Circular to Secondary Education Committee, 1908
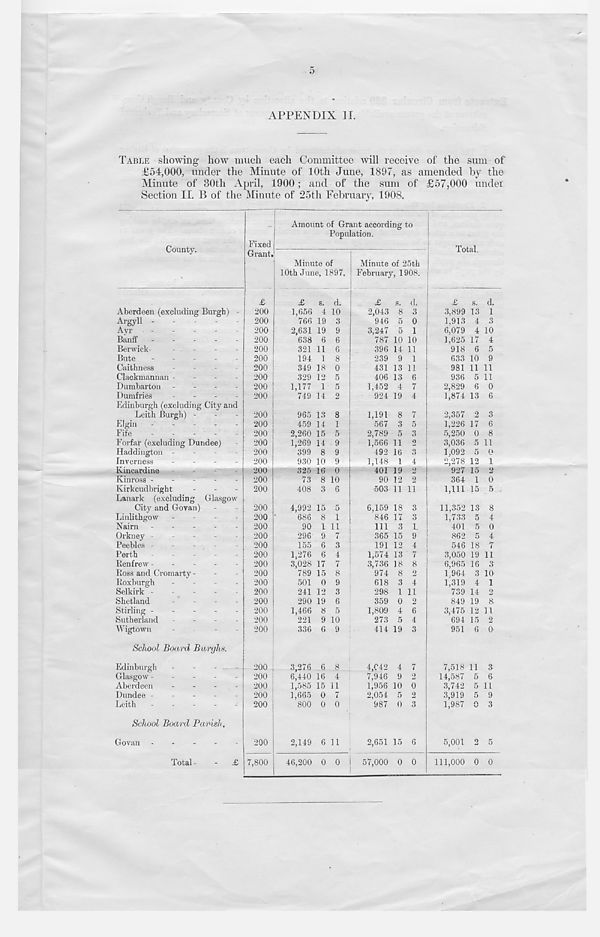
5
APPENDIX II.
TABLE showing how much each Committee will receive of the sum of
£54,000, under the Minute of 10th June, 1897, as amended by the
Minute of 30th April, 1900; and of the sum of £57,000 under
Section II. B of the Minute of 25th February, 1908.
County.
Aberdeen (excluding Burgh) -
Argyll -
Ayr
.
.
.
.
Banff -
-
-
Berwick-
...
-
Bute
...
.
Caithness
Clackmannan -
Dumbarton
Dumfries
Edinburgh (excluding City and
Leith Burgh) -
Elgin
Fife
.
.
.
.
.
Forfar (excluding Dundee)
Haddington -
Inverness
.
.
.
Kincardine
Kinross -
-
Kirkcudbright
Lanark (excluding Glasgow
City and Govan)
Linlithgow -
-
Nairn ------
Orkney -
Peebles -
-
-
-
Perth
.
.
.
Renfrew -
-
-
-
Ross and Cromarty -
Roxburgh
.
.
.
,
Selkirk -
-
-
-
-
Shetland
-
-
-
Stirling -
-
-
-
Sutherland -
-
-
-
Wigtown
School Board Burghs.
Edinburgh
Glasgow -
-
-
-
Aberdeen
...
Dundee -
-
-
-
Leith -
School Board Parish.
Govan
Total-
- £
Fixed
Grant.
£
200
200
200
200
200
200
200
200
200
200
200
200
200
200
200
200
200
200
200
200
200
200
200
200
200
200
200
200
200
200
200
200
200
200
200
200
200
200
200
Amount of Grant according to
Population.
7,800
Minute of
10th June, 1897.
£
s. d.
1,656 4 10
766 19 3
2,631 19 9
638 6 6
321 11 6
194 1 8
349 18 0
329 12 5
1,177 1 5
749 14 2
965 13 8
459 14 1
2,260 15 5
1,269 14 9
399 8 9
930 10 9
325 16 0
73 8 10
408 3 6
4,992 15 5
686 8 1
90 1 11
296 9 7
155 6 3
1,276 6 4
3,028 17 7
789 15 8
501 0 9
241 12 3
290 19 6
1,466 8 5
221 9 10
336 6 9
3,276 6 8
6,440 16 4
1,585 15 11
1,665 0 7
800 0 0
2,149 6 11
Minute of 25th
February, 1908.
£
s. d.
2,043 8 3
946 5 0
3,247 5 1
787 10 10
396 14 11
239 9 1
431 13 11
406 13 6
1,452 4 7
924 19 4
1,191 8 7
5
3
o
567 3
2,789 5
1,566 11
492 16
1,148 1
401 19
90 12
4
2
2
503 11 11
6,159
846
111
365
191
1,574
3,736
974
618
298
359
1,809
273
414
18 3
17 3
3 1
15 9
12 4
13 7
18 8
8 2
3 4
1 11
0 2
4 6
5 4
19 3
4,042 4 7
7,946 9 2
1,956 10 0
2,054 5 2
987 0 3
2,651 15 6
46,200 0 0 i 57,000 0 0
Total.
£
s. d.
3,899 13 1
1,913 4 3
6,079 4 10
1,625 17 4
918 6 5
633 10 9
981 11 11
936 5 11
2,829 6 0
1,874 13 6
2,357
1,226
5,250
3,036
1,092
2,278
927
364
1,111
11,352
1,733
401
862
546
3,050
6,965
1,964
1,319
739
849
3,475
694
951
7,518
14,587
3,742
3,919
1,987
2
17
0
5
5
12
15
1
15
3
6
8
11
(j
1
2
0
5
13 8
5 4
5 0
5 4
18 7
19 11
16 3
3 10
4 1
14 2
19 8
12 11
15 2
6 0
11
5
5
5
A
3
6
11
9
3
5,001 2 5
111,000 0 0